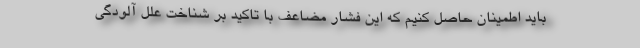
باید اطمینان حاصل کنیم که این فشار مضاعف با تاکید بر شناخت علل آلودگی